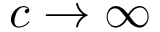
c \to \infty